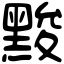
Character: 黢